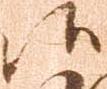
候